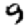
Digit: 9